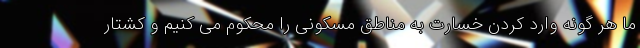
ما هر گونه وارد کردن خسارت به مناطق مسکونی را محکوم می کنیم و کشتار